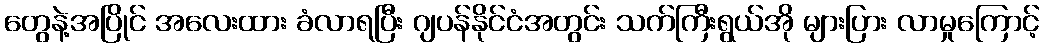
တွေနဲ့အပြိုင် အလေးထား ခံလာရပြီး ဂျပန်နိုင်ငံအတွင်း သက်ကြီးရွယ်အို များပြား လာမှုကြောင့်